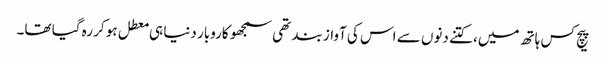
پیچ کس ہاتھ میں، کتنے دنوں سے اس کی آواز بند تھی سمجھو کاروبار دنیا ہی معطل ہو کر رہ گیا تھا۔